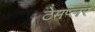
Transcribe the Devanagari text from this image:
टेमप्लर